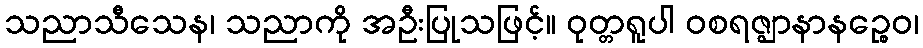
သညာသီသေန၊ သညာကို အဦးပြုသဖြင့်။ ဝုတ္တရူပါ ဝစရဇ္ဈာနာနဉ္စေဝ၊